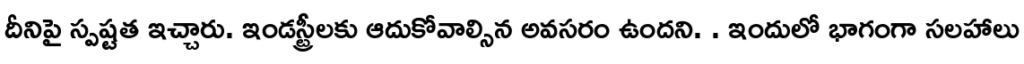
దీనిపై స్పష్టత ఇచ్చారు. ఇండస్ట్రీలకు ఆదుకోవాల్సిన అవసరం ఉందని. . ఇందులో భాగంగా సలహాలు